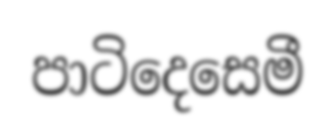
පාටිදෙසෙමී